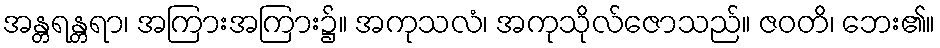
အန္တရန္တရာ၊ အကြားအကြား၌။ အကုသလံ၊ အကုသိုလ်ဇောသည်။ ဇဝတိ၊ ဘေး၏။